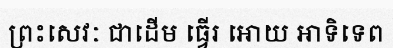
ព្រះសេវៈ ជាដើម ធ្វើរ អោយ អាទិទេព